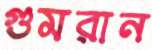
গুমরান